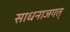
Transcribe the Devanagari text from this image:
साधनाजगत्